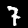
Digit: 7